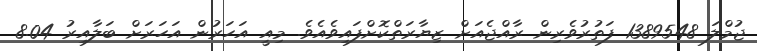
ޖުމްލަ 1389548 ފަތުރުވެރިން ރާއްޖެއަށް ޒިޔާރަތްކޮށްފައިވެއެވެ. މިއީ އަހަރުން އަހަރަށް ބަލާއިރު 8.04